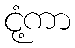
ငုံ့ကာ